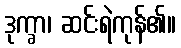
ဒုက္ခာ၊ ဆင်းရဲကုန်၏။